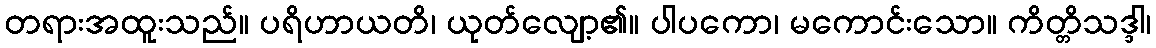
တရားအထူးသည်။ ပရိဟာယတိ၊ ယုတ်လျော့၏။ ပါပကော၊ မကောင်းသော။ ကိတ္တိသဒ္ဒါ၊